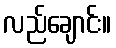
လည်ချောင်း။